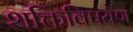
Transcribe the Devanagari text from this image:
शक्तिविषयेण